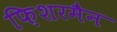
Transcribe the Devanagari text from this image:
फ़िशरमैन